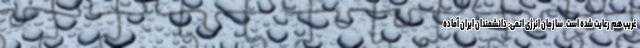
غریب هم‌ رعایت شده است. سازمان انرژی اتمی: دانشمندان ایران آماده